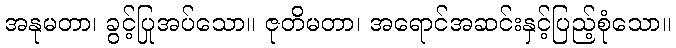
အနုမတာ၊ ခွင့်ပြုအပ်သော။ ဇုတိမတာ၊ အရောင်အဆင်းနှင့်ပြည့်စုံသော။